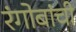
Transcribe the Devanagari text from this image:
रंगोबांची